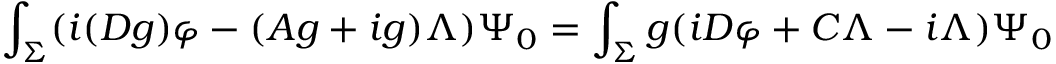
\int _ { \Sigma } ( i ( D g ) \varphi - ( A g + i g ) \Lambda ) \Psi _ { 0 } = \int _ { \Sigma } g ( i D \varphi + C \Lambda - i \Lambda ) \Psi _ { 0 }